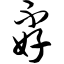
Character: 孬